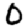
Digit: 0